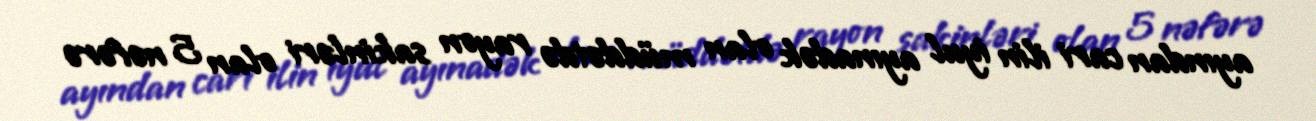
ayından cari ilin iyul ayınadək olan müddətdə rayon sakinləri olan 5 nəfərə